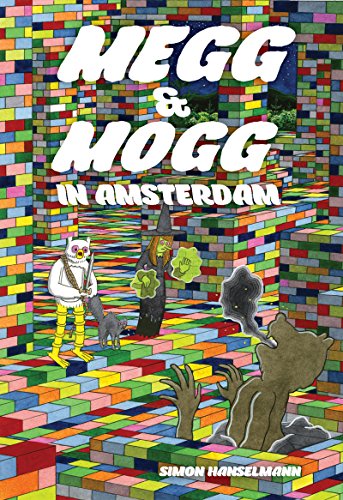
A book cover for Megg & Mogg In Amsterdam (And Other Stories); Simon Hanselmann; Comics & Graphic Novels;